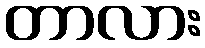
တာလား